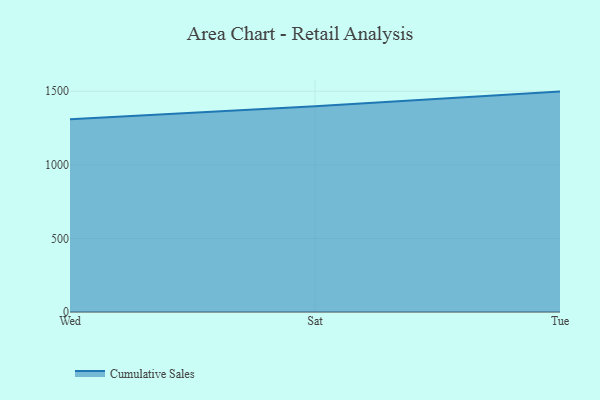
{"axis": {"x": "Day", "y": "Temperature (°C)"}, "legend": ["Cumulative Sales"], "data": [{"x": "Wed", "y": 1310.4, "type": "Cumulative Sales"}, {"x": "Sat", "y": 1398.1, "type": "Cumulative Sales"}, {"x": "Tue", "y": 1497.7, "type": "Cumulative Sales"}]}